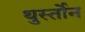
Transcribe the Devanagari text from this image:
थुर्स्तोन